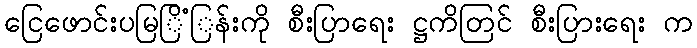
ငြေဖောင်းပမြြိံြန်းကို စီးပြာရေး ဋ္ဌကိတြင် စီးပြားရေး က